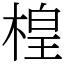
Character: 楻